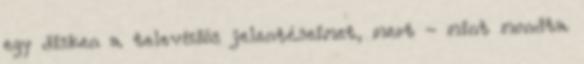
egy disken a televíziós jelentése­imet, mert - mint mondta